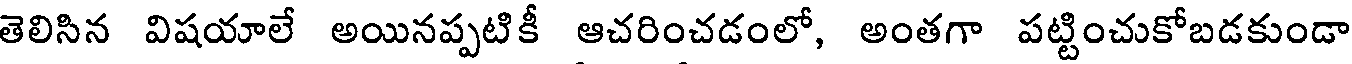
తెలిసిన విషయాలే అయినప్పటికీ ఆచరించడంలో, అంతగా పట్టించుకోబడకుండా